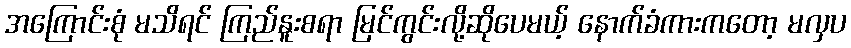
အကြောင်းစုံ မသိရင် ကြည်နူးစရာ မြင်ကွင်းလို့ဆိုပေမယ့် နောက်ခံကားကတော့ မလှပ